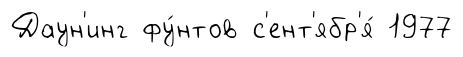
Даун'инг фу́нтов с'ент'ябр'я́ 1977